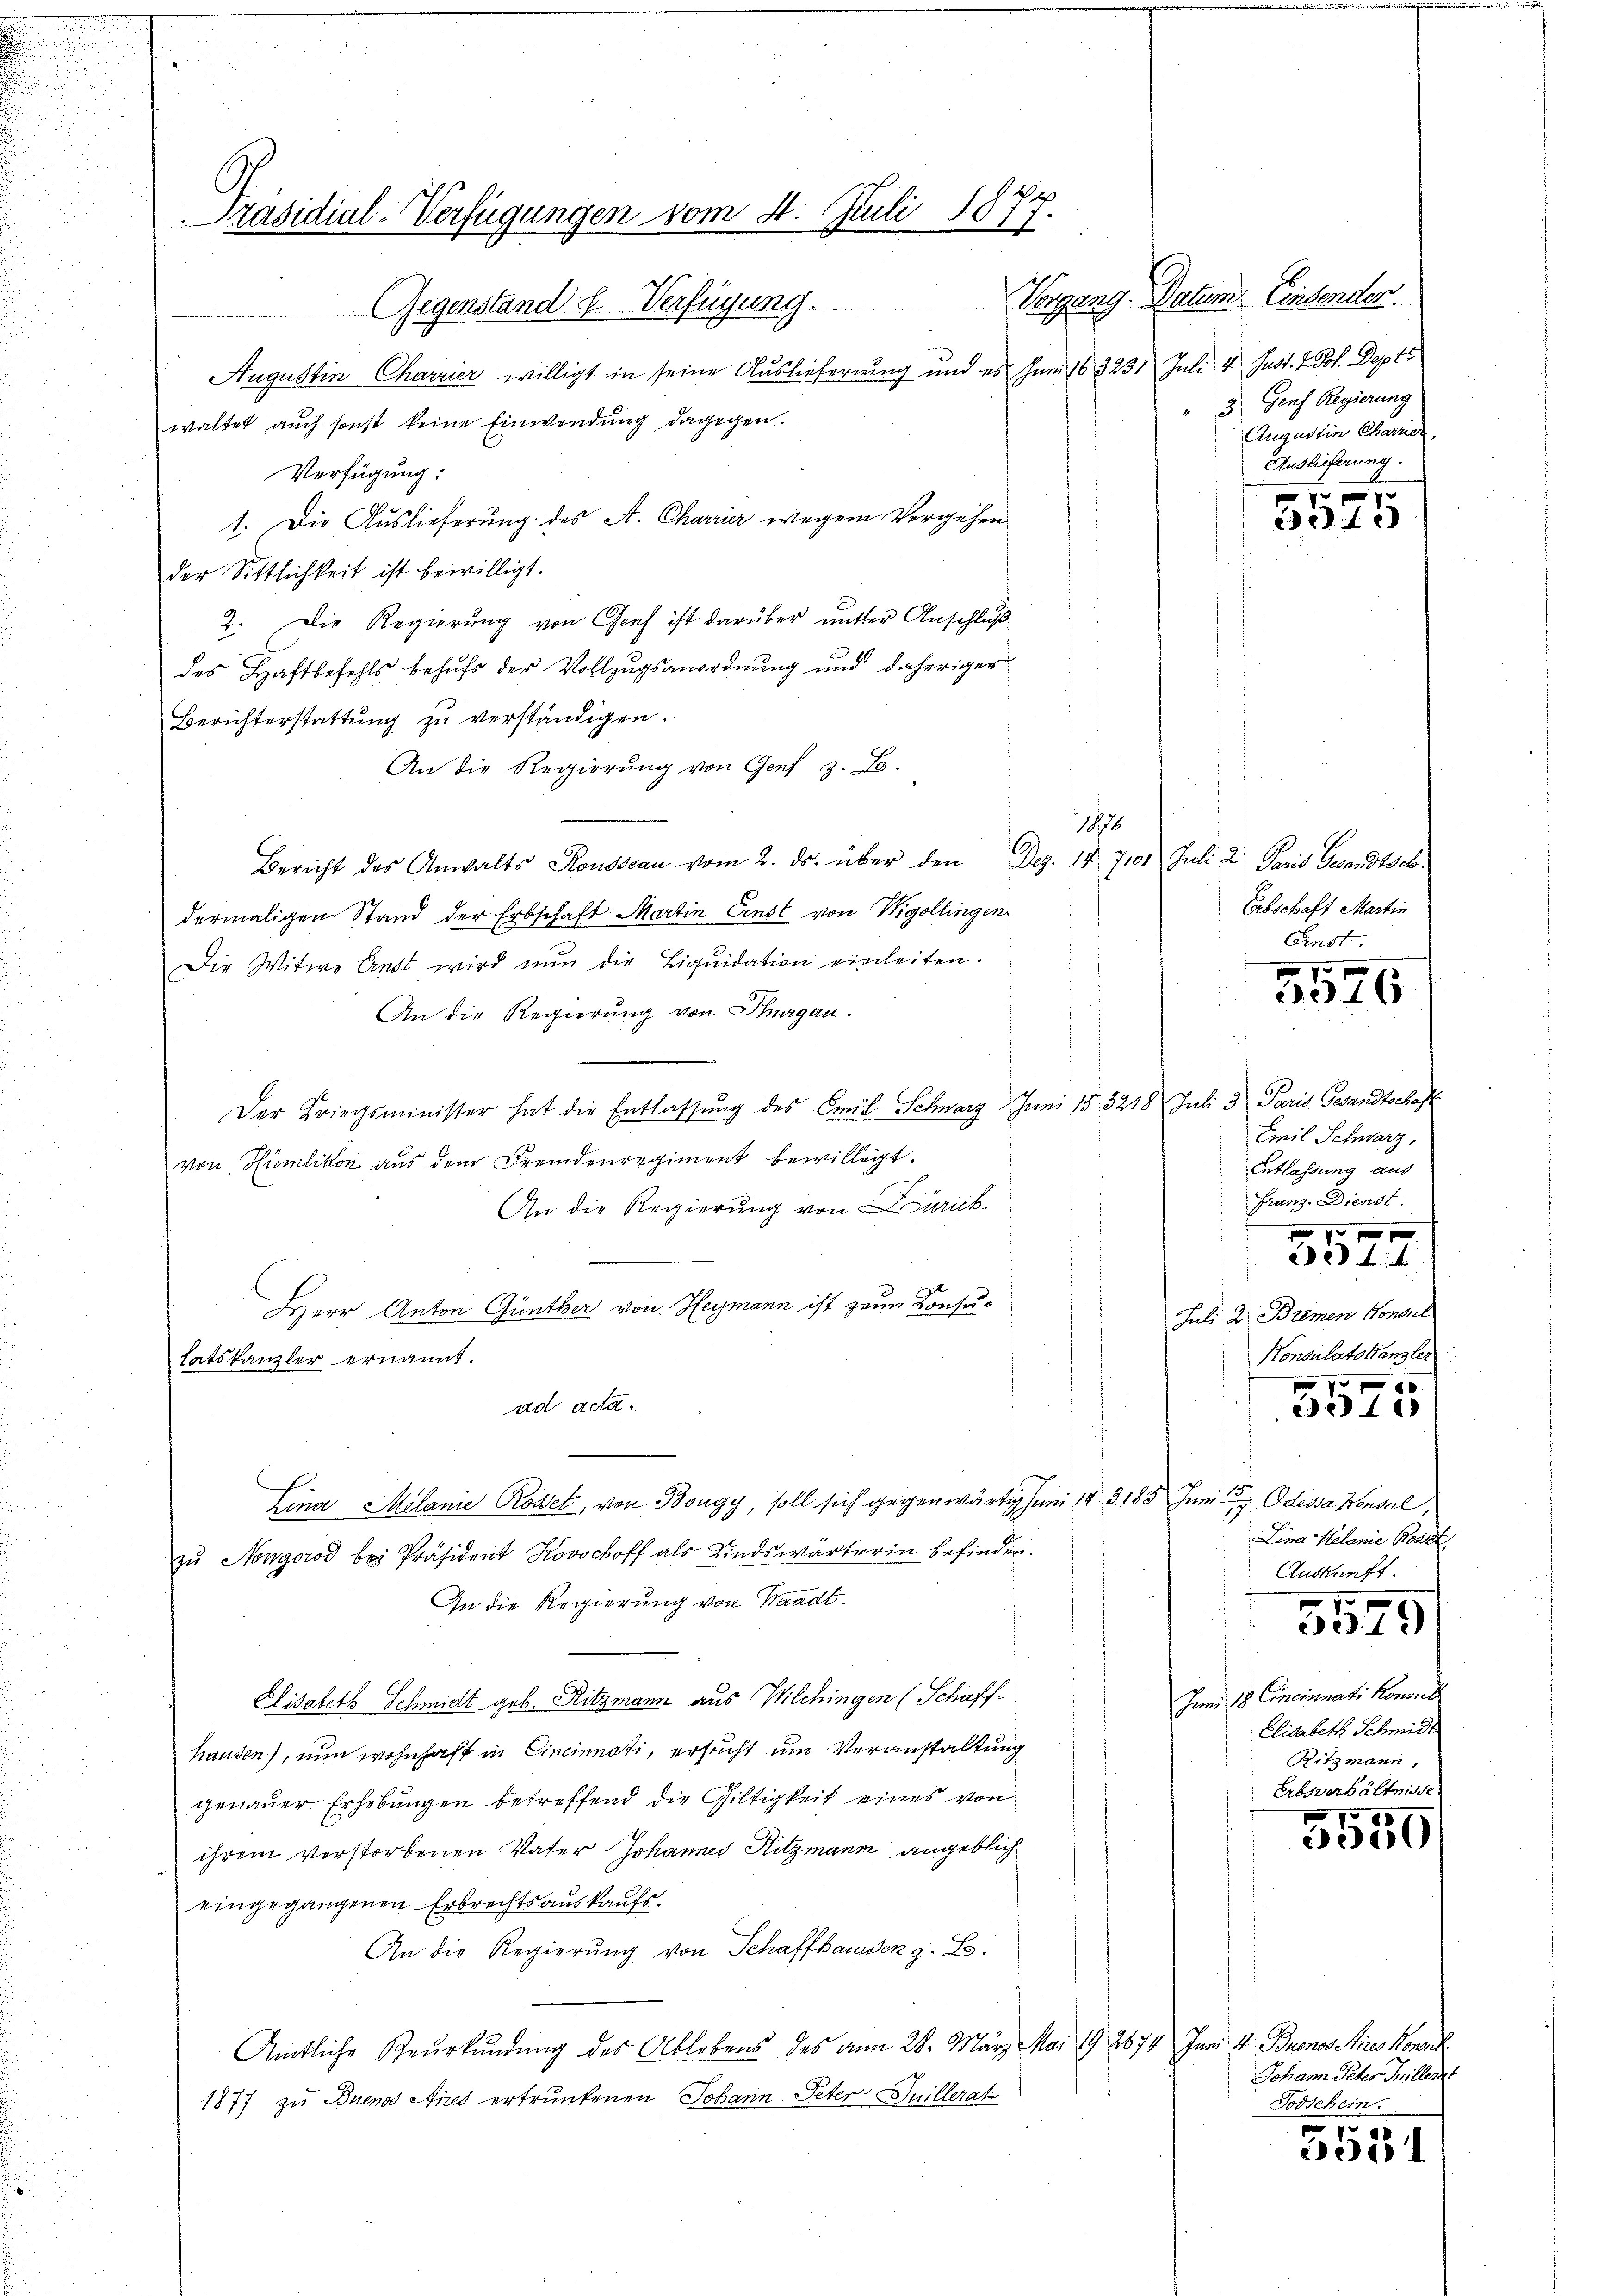
Präsidial-Verfügungen vom 4. Juli 1877.

Gegenstand & Verfügung.
Augustin Charrier willigt in seine Auslieferung und es Juni 163231 Juli 4 Just. v. Jos. Dept
waltet auch sonst keine Einwendung dagegen.
Verfügung:
1. Die Auslieferung des A. Charrier wegen Vergehen
der Sittlichkeit ist bewilligt.
2. Die Regierung von Genf ist darüber unter Anschlußdes Haftbefehls behŭfs der Vollzugsanordnung und daheriger
Berichterstattung zu verständigen.
An die Regierung von Genf z. B.
Bericht des Anwalts Kousseau vom 2. ds. über den Dez. 17. 7101 Juli 2. Paris Gesandtsch
dermaligen Stand der Erbschaft Martin Const von Wigoltingen.
Die Witwe Ernst wird nun die Liquidation einleiten.
An die Regierung von Thurgau.
Der Kriegsminister hat die Entlassŭng des Emil Schwarz Juni 153218 Juli 3 Paris Gesandtschaft
von Humlikon aus dem Fremdenregiment bewilligt.
An die Regierung von Zürich
Herr Anton Günther von Heimann ist zum Konsutatskanzler ernannt.
ad acta.
Lina Melanie Roset, von Bougy, soll sich gegenwärtig zum 14. 3185 Juni Odessa Konseil,
zŭ Nongorod bei Präsident Kovochoff als Kindswärterin befinden.
An die Regierung von Waadt.
Elisabeth Schmidt geb. Ritzmann aus Wilchingen (Schaff-
Hausen), nun wohnhaft in Cincinnati, ersucht um Veranstaltung
genauer Erhebungen betreffend die Giltigkeit eines von
ihrem verstorbenen Vater Johannes Ritzmann angeblich
eingegangenen Erbrechtsauskaufs.
An die Regierung von Schaffhausen z. B.
Amtliche Beurkundung des Ablebens des am 28. März Mai 192674. Juni v. Buenos Aires Momentl.
1877 zu Buenos Aires ertrunkenen Johann Peter Juillerat

1876

Vorgang. Datum. Einsender.
3 Genf Regierung
Augustin Charrer
Auslieferung.

xx
315

Erbschaft Martin
Einst.

f
5516

Emil Schwarz,
Entlassung aus
Franz, Dienst.

224.
Juli 2 Brimen Konsul
Konsulatskanzler

3015

17
Lina Helanie Kost
Auskunft.
3575

Juni 18 Cincinnati Konsul
Elisabeth Schmidt
Ritzmann,
Erbsverhältnisse

5550

Johann Peter Millert
Todschein.

3531